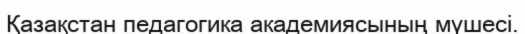
Қазақстан педагогика академиясының мүшесі.